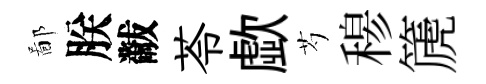
鄙朕黻苓歔芍𥠇篪